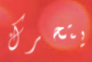
يتحرك